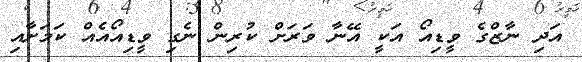
އަދި ނާޒްގެ ވީޑިއޯ އަކީ އޭނާ ވަރަށް ކުރިން ނެގި ވީޑިއޯއެއް ކަމަށާއި